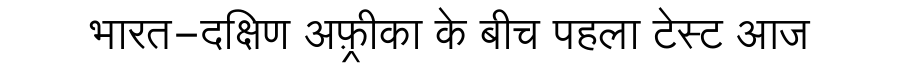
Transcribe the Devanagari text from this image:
भारत-दक्षिण अफ़्रीका के बीच पहला टेस्ट आज